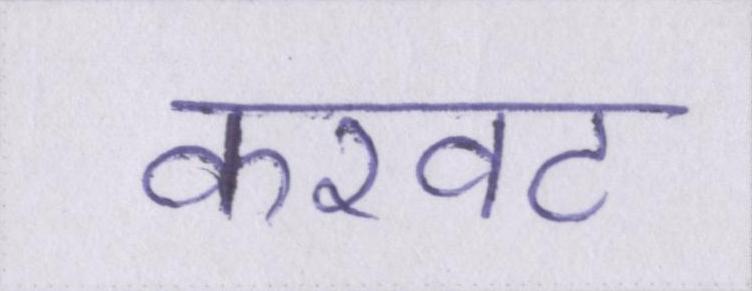
करवट